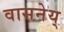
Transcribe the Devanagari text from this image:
वासनेय्